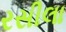
રસીલા